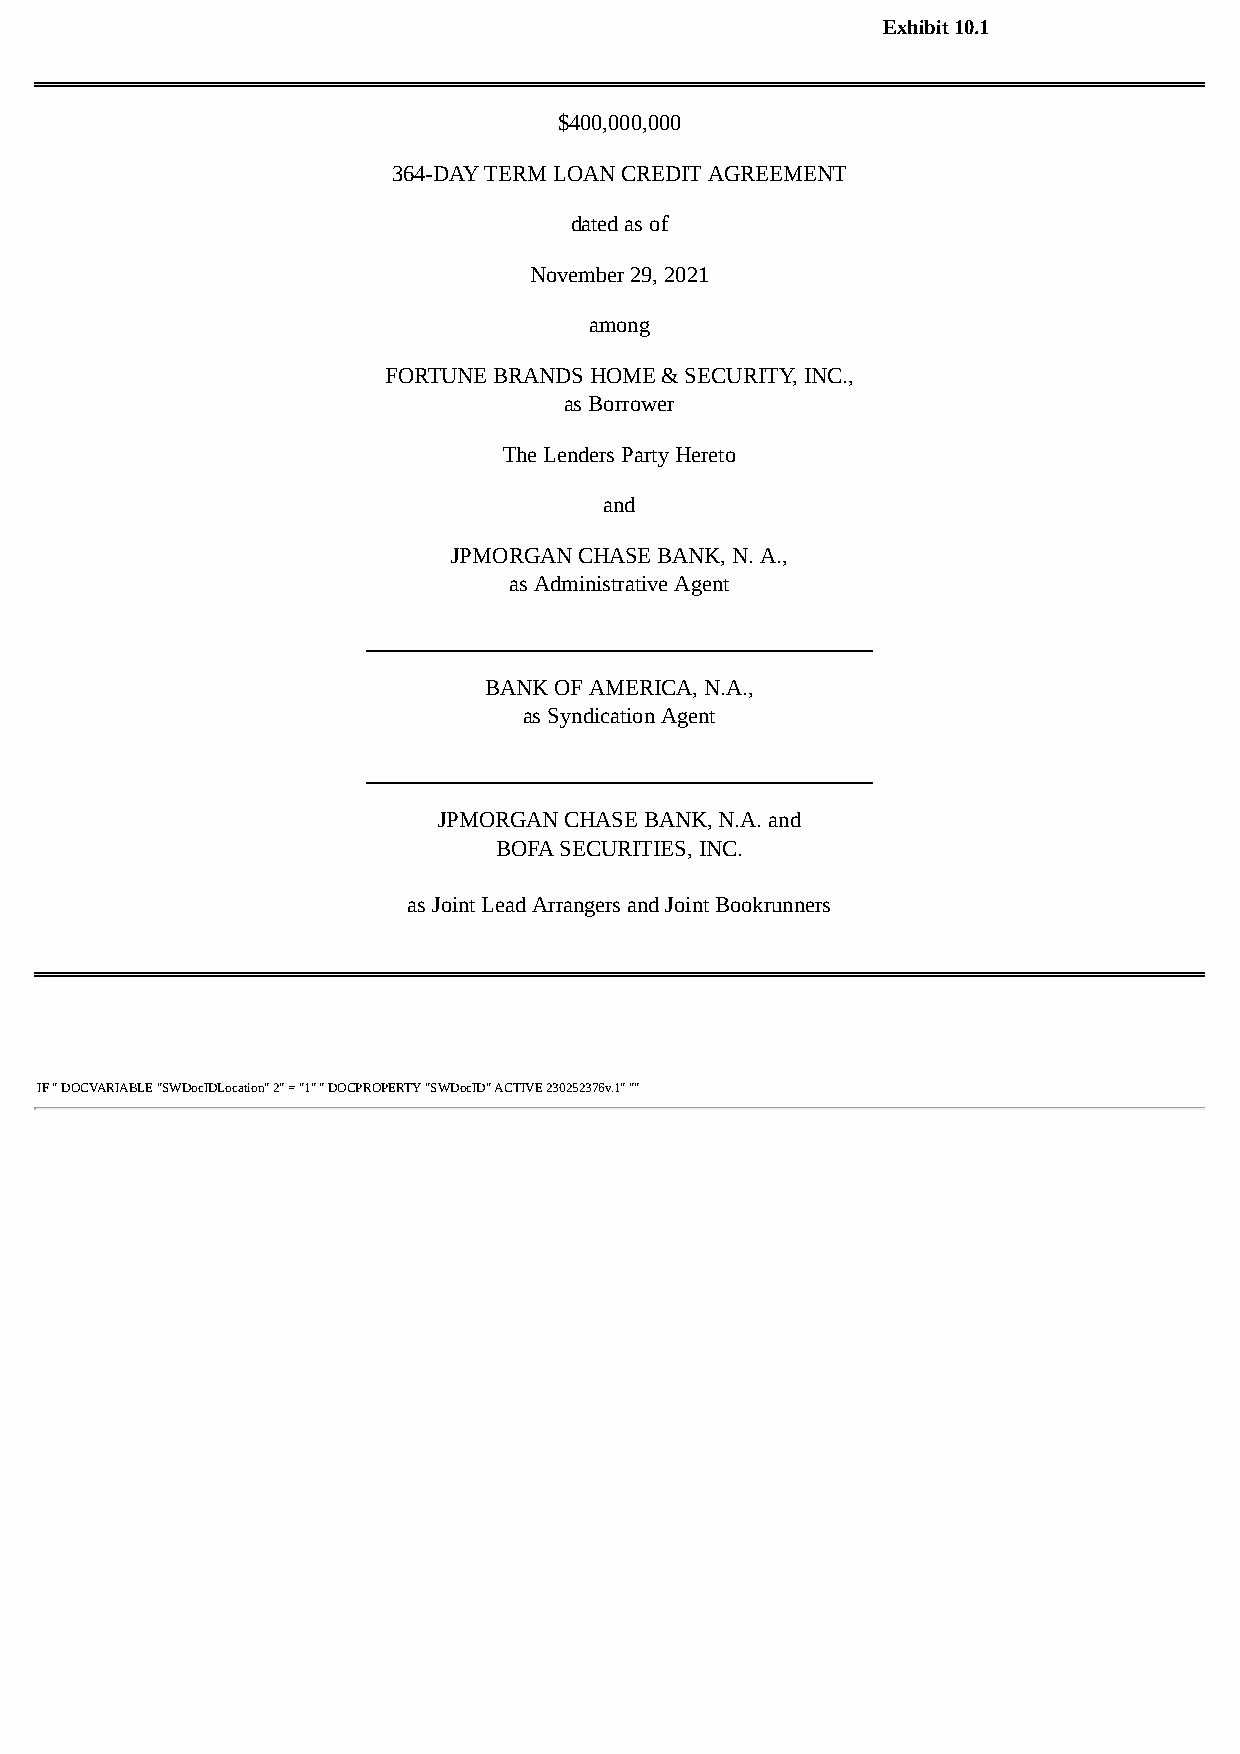
Exhibit 10.1
 $400,000,000
 364-DAY TERM LOAN CREDIT AGREEMENT
 dated as of
 November 29, 2021
 among
 FORTUNE BRANDS HOME & SECURITY, INC.,
 as Borrower
 The Lenders Party Hereto
 and
 JPMORGAN CHASE BANK, N. A.,
 as Administrative Agent
 BANK OF AMERICA, N.A.,
 as Syndication Agent
 JPMORGAN CHASE BANK, N.A. and
 BOFA SECURITIES, INC.
 as Joint Lead Arrangers and Joint Bookrunners
 IF " DOCVARIABLE "SWDocIDLocation" 2" = "1" " DOCPROPERTY "SWDocID" ACTIVE 230252376v.1" ""